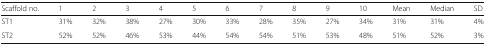
<table><thead><tr><td><b>Scaffold no.</b></td><td><b>1</b></td><td><b>2</b></td><td><b>3</b></td><td><b>4</b></td><td><b>5</b></td><td><b>6</b></td><td><b>7</b></td><td><b>8</b></td><td><b>9</b></td><td><b>10</b></td><td><b>Mean</b></td><td><b>Median</b></td><td><b>SD</b></td></tr></thead><tbody><tr><td>ST1</td><td>31%</td><td>32%</td><td>38%</td><td>27%</td><td>30%</td><td>33%</td><td>28%</td><td>35%</td><td>27%</td><td>34%</td><td>31%</td><td>31%</td><td>4%</td></tr><tr><td>ST2</td><td>52%</td><td>52%</td><td>46%</td><td>53%</td><td>44%</td><td>54%</td><td>54%</td><td>51%</td><td>53%</td><td>48%</td><td>51%</td><td>52%</td><td>3%</td></tr></tbody></table>